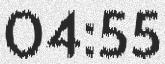
04:55